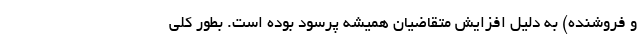
و فروشنده) به دلیل افزایش متقاضیان همیشه پرسود بوده است. بطور کلی